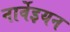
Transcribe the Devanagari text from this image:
नार्वेइयन